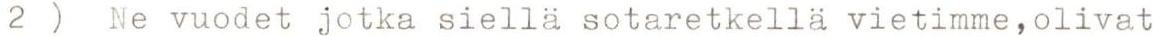
2 ) Ne vuodet jotka siellä sotaretkellä vietimme,olivat